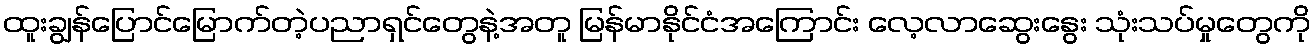
ထူးချွန်ပြောင်မြောက်တဲ့ပညာရှင်တွေနဲ့အတူ မြန်မာနိုင်ငံအကြောင်း လေ့လာဆွေးနွေး သုံးသပ်မှုတွေကို